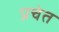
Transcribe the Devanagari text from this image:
प्रचेत